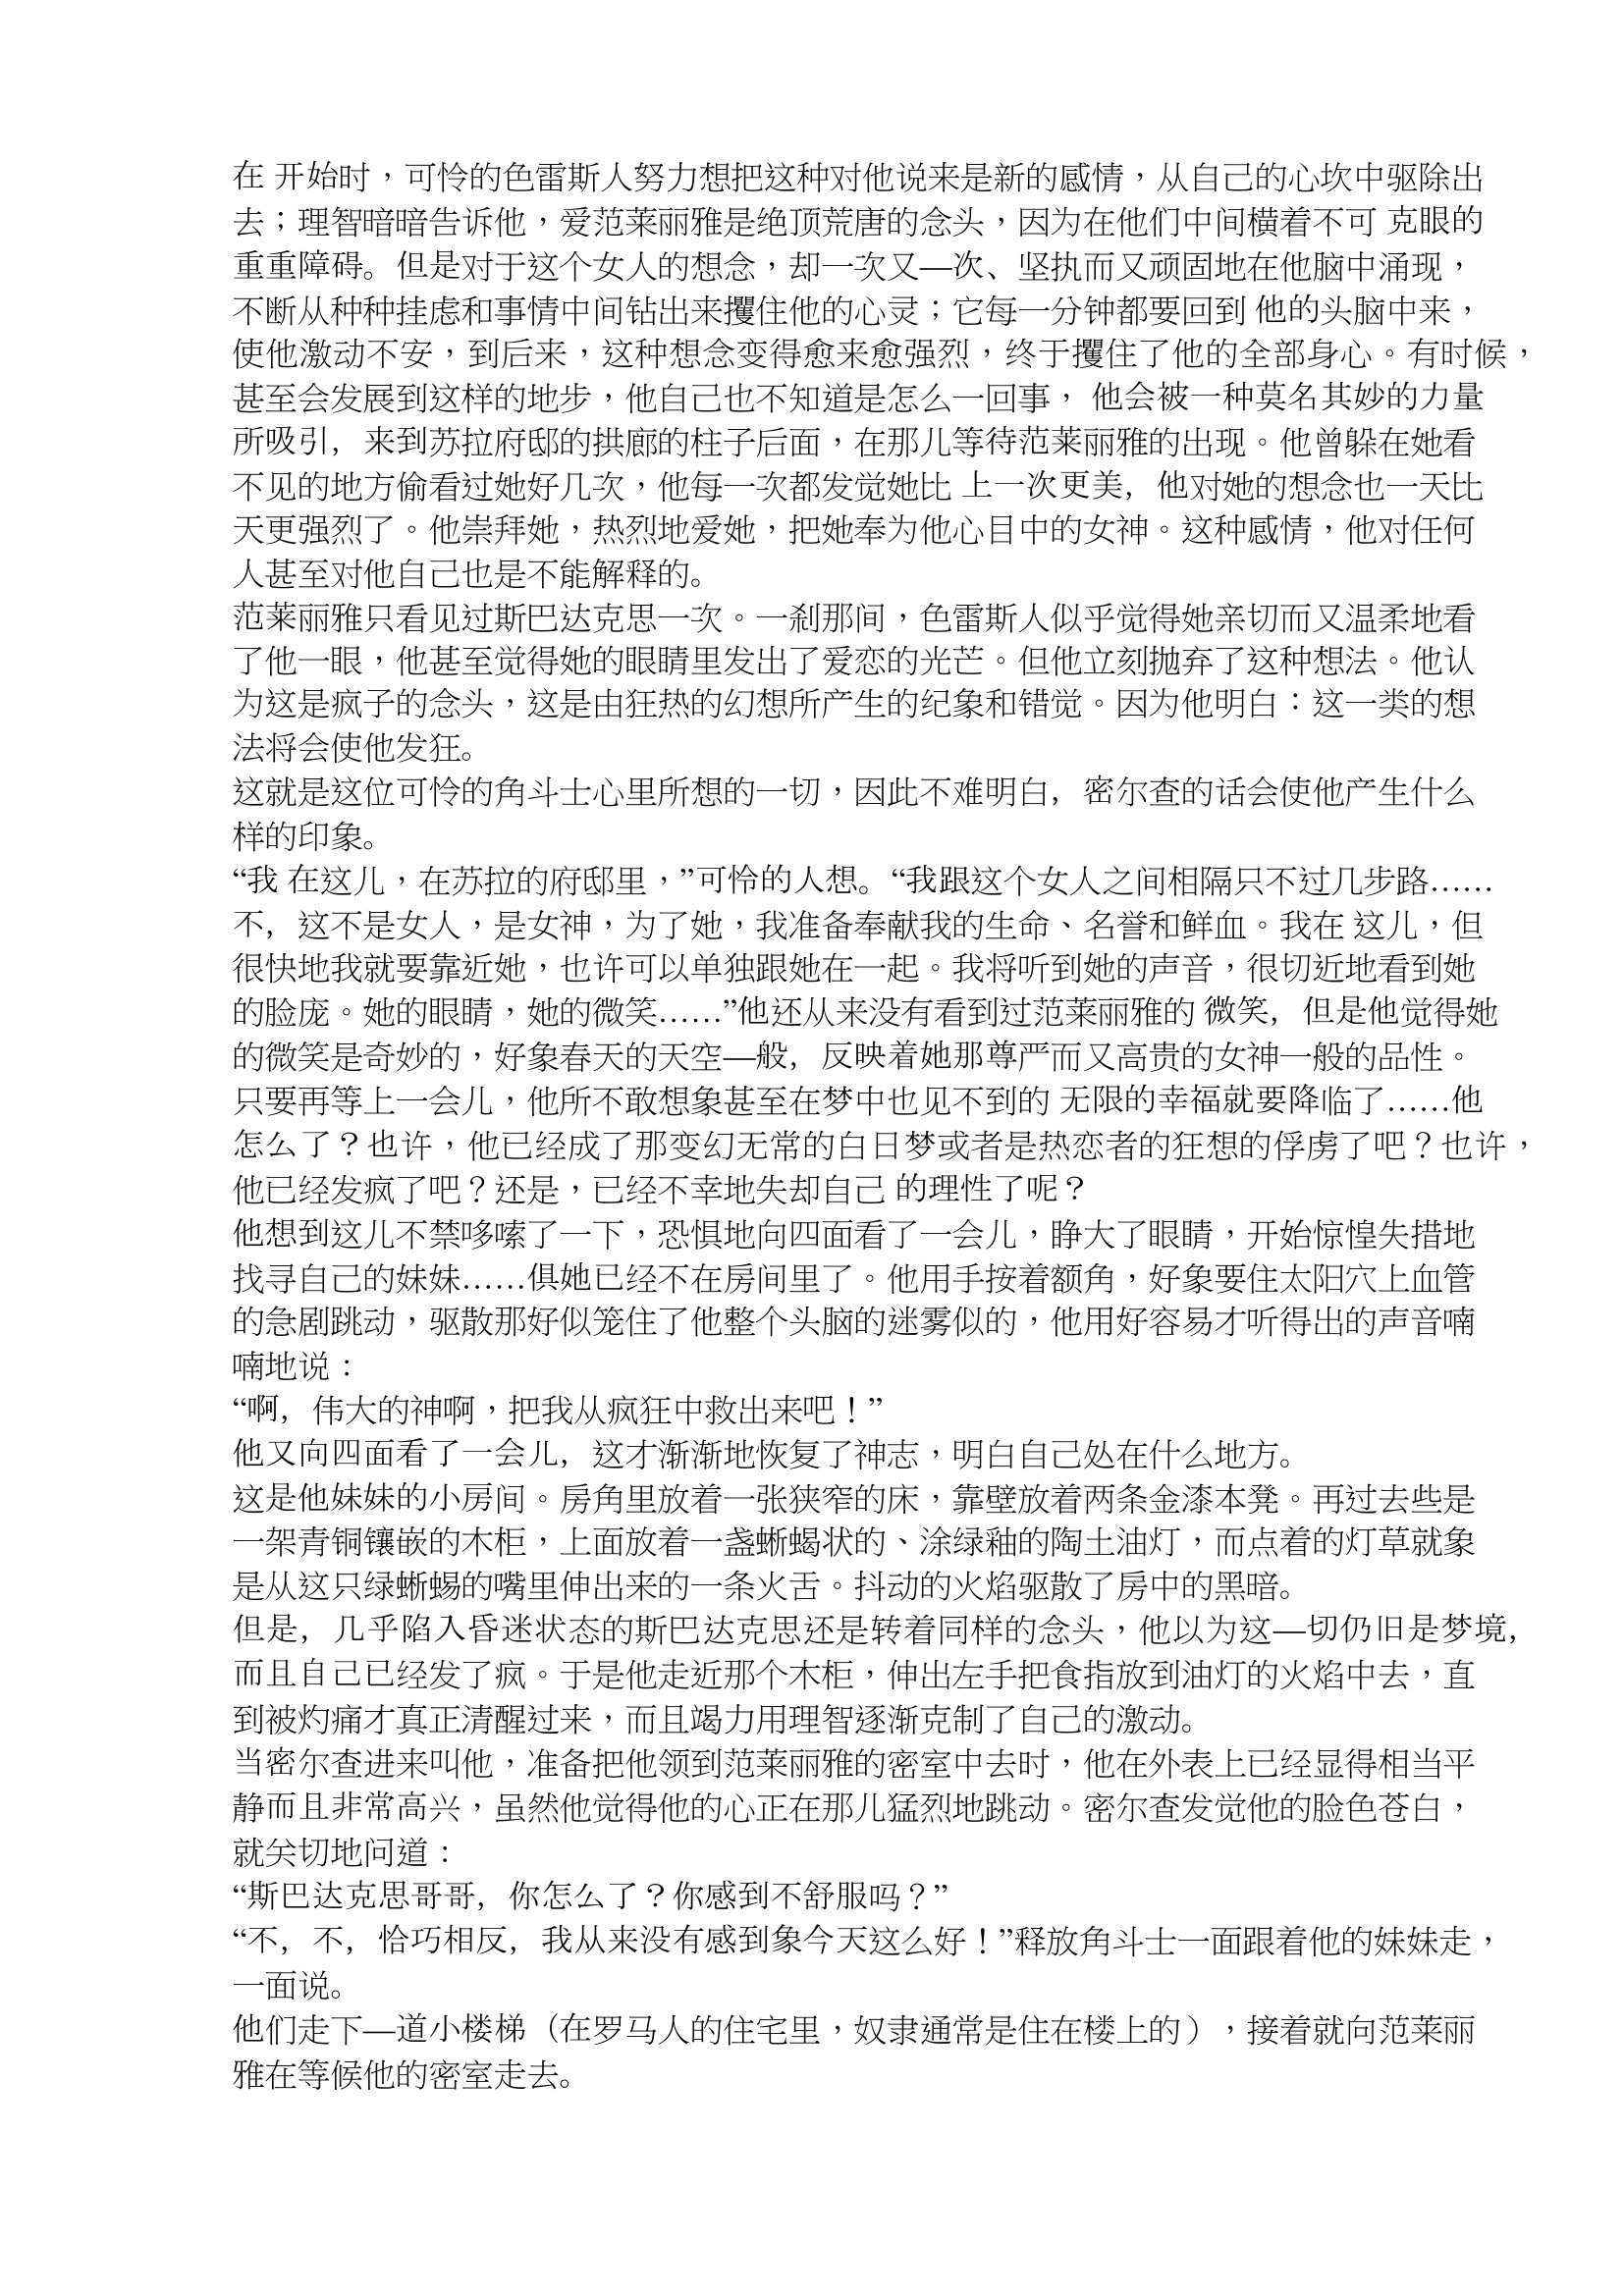
Language: zh